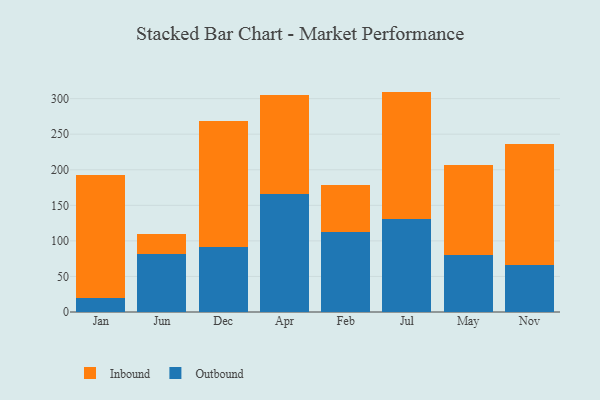
{"axis": {"x": "Month", "y": "LTV (USD)"}, "legend": ["Inbound", "Outbound"], "data": [{"x": "Jan", "y": 20.0, "type": "Outbound"}, {"x": "Jan", "y": 173.2, "type": "Inbound"}, {"x": "Jun", "y": 81.4, "type": "Outbound"}, {"x": "Jun", "y": 28.4, "type": "Inbound"}, {"x": "Dec", "y": 91.7, "type": "Outbound"}, {"x": "Dec", "y": 176.8, "type": "Inbound"}, {"x": "Apr", "y": 165.4, "type": "Outbound"}, {"x": "Apr", "y": 140.0, "type": "Inbound"}, {"x": "Feb", "y": 113.1, "type": "Outbound"}, {"x": "Feb", "y": 65.6, "type": "Inbound"}, {"x": "Jul", "y": 131.1, "type": "Outbound"}, {"x": "Jul", "y": 178.8, "type": "Inbound"}, {"x": "May", "y": 79.5, "type": "Outbound"}, {"x": "May", "y": 127.5, "type": "Inbound"}, {"x": "Nov", "y": 66.2, "type": "Outbound"}, {"x": "Nov", "y": 169.7, "type": "Inbound"}]}